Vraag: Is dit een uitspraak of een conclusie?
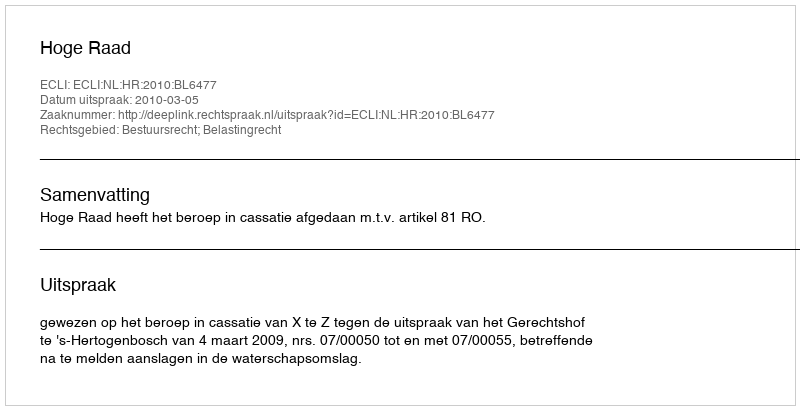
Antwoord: Uitspraak